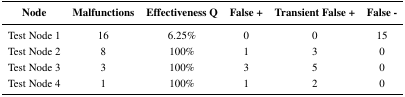
<table><thead><tr><td><b>Node</b></td><td><b>Malfunctions</b></td><td><b>Effectiveness Q</b></td><td><b>False +</b></td><td><b>Transient False +</b></td><td><b>False −</b></td></tr></thead><tbody><tr><td>Test Node 1</td><td>16</td><td>6.25%</td><td>0</td><td>0</td><td>15</td></tr><tr><td>Test Node 2</td><td>8</td><td>100%</td><td>1</td><td>3</td><td>0</td></tr><tr><td>Test Node 3</td><td>3</td><td>100%</td><td>3</td><td>5</td><td>0</td></tr><tr><td>Test Node 4</td><td>1</td><td>100%</td><td>1</td><td>2</td><td>0</td></tr></tbody></table>